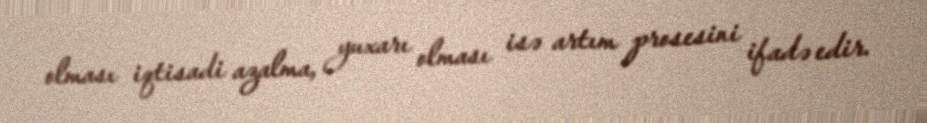
olması iqtisadi azalma, yuxarı olması isə artım prosesini ifadə edir.